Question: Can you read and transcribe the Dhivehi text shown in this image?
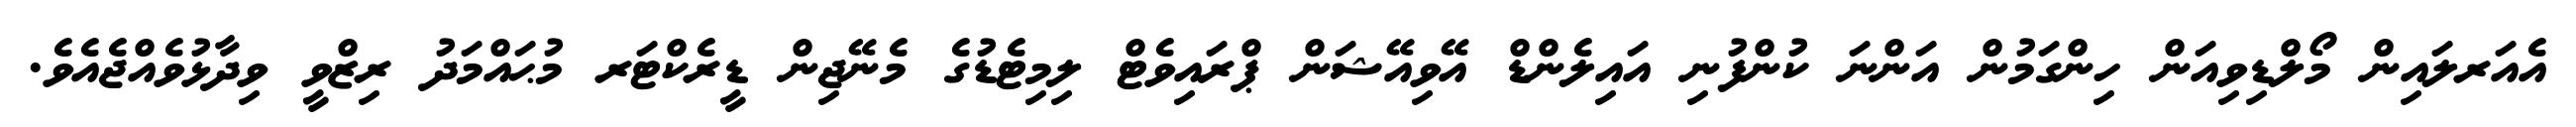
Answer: އެއަރލައިން މޯލްޑިވިއަން ހިންގަމުން އަންނަ ކުންފުނި އައިލެންޑް އޭވިއޭޝަން ޕްރައިވެޓް ލިމިޓެޑުގެ މެނޭޖިން ޑީރެކްޓަރ މުޙައްމަދު ރިޒްވީ ވިދާޅުވެއްޖެއެވެ.